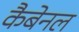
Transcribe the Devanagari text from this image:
कैबेनल